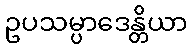
ဥပသမ္ပာဒေန္တိယာ